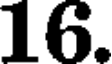
16.